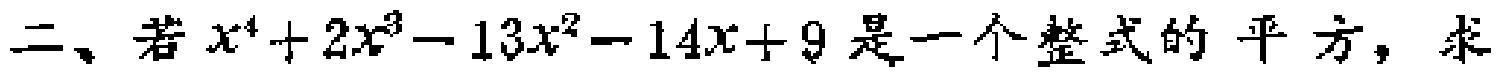
二、若\(x^{4}+2x^{3}-13x^{2}-14x + 9\)是一个整式的平方，求